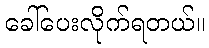
ခေါ်ပေးလိုက်ရတယ်။